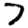
Digit: 7